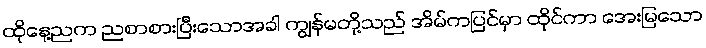
ထိုနေ့ညက ညစာစားပြီးသောအခါ ကျွန်မတို့သည် အိမ်ကပြင်မှာ ထိုင်ကာ အေးမြသော